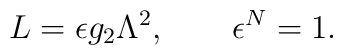
L = \epsilon g_2 \Lambda^{2},\qquad \epsilon^N=1.